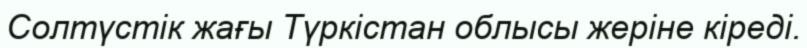
Солтүстік жағы Түркістан облысы жеріне кіреді.